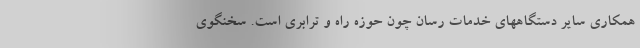
همکاری سایر دستگاههای خدمات رسان چون حوزه راه و ترابری است. سخنگوی